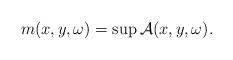
LaTeX: \begin{align*}m(x,y,\omega)=\sup\mathcal{A}(x,y,\omega).\end{align*}